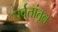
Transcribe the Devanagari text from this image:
पर्वतांतून